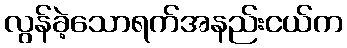
လွန်ခဲ့သောရက်အနည်းငယ်က